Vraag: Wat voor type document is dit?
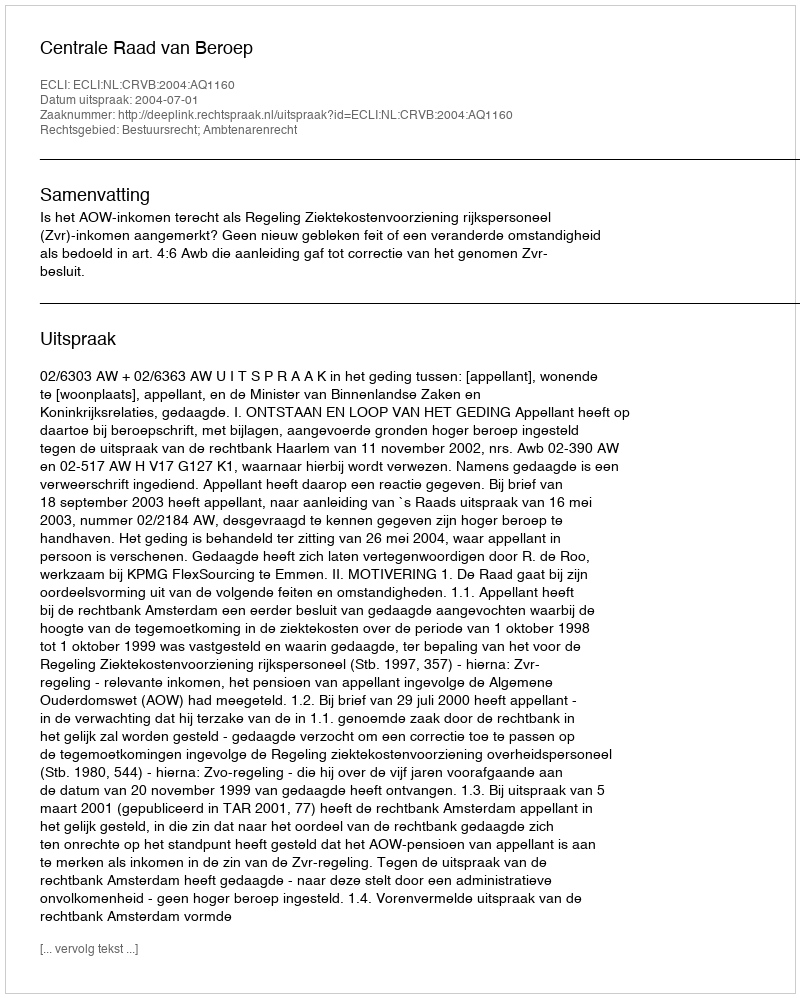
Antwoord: Uitspraak